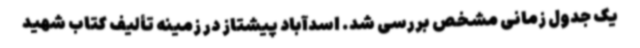
یک جدول زمانی مشخص بررسی شد. اسدآباد پیشتاز در زمینه تألیف کتاب شهید